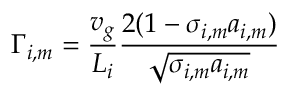
\Gamma _ { i , m } = \frac { v _ { g } } { L _ { i } } \frac { 2 ( 1 - \sigma _ { i , m } a _ { i , m } ) } { \sqrt { \sigma _ { i , m } a _ { i , m } } }